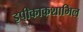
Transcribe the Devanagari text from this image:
इपीकाकशामिल